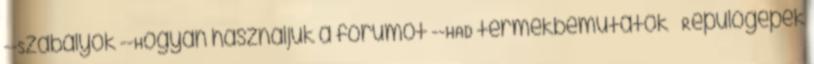
--Szabályok --Hogyan használjuk a fórumot --HAD termékbemutatók Repülőgépek